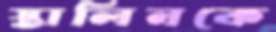
স্তালিনকে